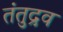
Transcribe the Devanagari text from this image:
तंतुद्रव